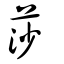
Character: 莎